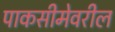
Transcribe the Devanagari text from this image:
पाकसीमेवरील